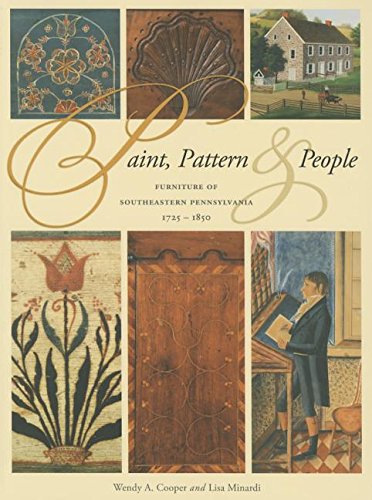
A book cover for Paint, Pattern, and People: Furniture of Southeastern Pennsylvania, 1725-1850; Wendy A. Cooper; Crafts, Hobbies & Home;